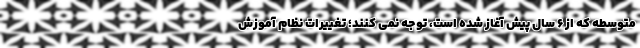
متوسطه که از ۶ سال پیش آغاز شده است، توجه نمی کنند؛ تغییرات نظام آموزش